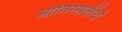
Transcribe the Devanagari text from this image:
आंगिरसतीर्थ